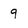
Character: 9